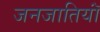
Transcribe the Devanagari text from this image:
जनजातियॉं